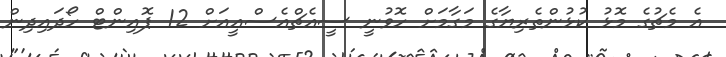
އެ މެޗުގެ މޮޅު ކުޅުންތެރިޔާގެ މަގާމަށް ހޮވުނީ ސީއެޗްއެސްއީއަށް 12 ޕޮއިންޓް ހޯދައިދިން